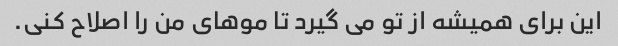
این برای همیشه از تو می گیرد تا موهای من را اصلاح کنی.